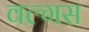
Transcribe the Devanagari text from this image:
वल्गस